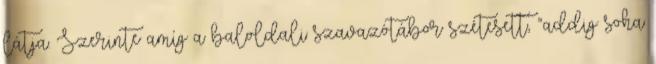
látja. Szerinte amíg a baloldali szavazótábor szétesett, “addig soha